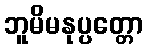
ဘူမိမနုပ္ပတ္တော